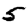
Digit: 5